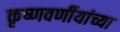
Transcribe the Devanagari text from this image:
कृष्णवर्णीयांच्या